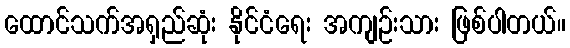
ထောင်သက်အရှည်ဆုံး နိုင်ငံရေး အကျဉ်းသား ဖြစ်ပါတယ်။